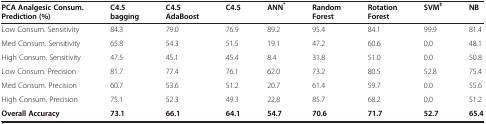
<table><thead><tr><td><b>PCA Analgesic Consum. Prediction (%)</b></td><td><b>C4.5 bagging</b></td><td><b>C4.5 AdaBoost</b></td><td><b>C4.5</b></td><td><b>ANN<sup>*</sup></b></td><td><b>Random Forest</b></td><td><b>Rotation Forest</b></td><td><b>SVM<sup>‡</sup></b></td><td><b>NB</b></td></tr></thead><tbody><tr><td>Low Consum. Sensitivity</td><td>84.3</td><td>79.0</td><td>76.9</td><td>89.2</td><td>95.4</td><td>84.1</td><td>99.9</td><td>81.4</td></tr><tr><td>Med Consum. Sensitivity</td><td>65.8</td><td>54.3</td><td>51.5</td><td>19.1</td><td>47.2</td><td>60.6</td><td>0.0</td><td>48.1</td></tr><tr><td>High Consum. Sensitivity</td><td>47.5</td><td>45.1</td><td>45.4</td><td>8.4</td><td>31.8</td><td>51.0</td><td>0.0</td><td>50.8</td></tr><tr><td>Low Consum. Precision</td><td>81.7</td><td>77.4</td><td>76.1</td><td>62.0</td><td>73.2</td><td>80.5</td><td>52.8</td><td>75.4</td></tr><tr><td>Med Consum. Precision</td><td>60.7</td><td>53.6</td><td>51.2</td><td>20.7</td><td>61.4</td><td>59.7</td><td>0.0</td><td>55.6</td></tr><tr><td>High Consum. Precision</td><td>75.1</td><td>52.3</td><td>49.3</td><td>22.8</td><td>85.7</td><td>68.2</td><td>0.0</td><td>51.2</td></tr><tr><td><b>Overall Accuracy</b></td><td><b>73.1</b></td><td><b>66.1</b></td><td><b>64.1</b></td><td><b>54.7</b></td><td><b>70.6</b></td><td><b>71.7</b></td><td><b>52.7</b></td><td><b>65.4</b></td></tr></tbody></table>